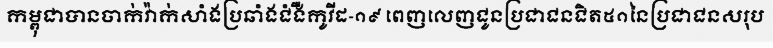
កម្ពុជាបានចាក់វ៉ាក់សាំងប្រឆាំងជំងឺកូវីដ-១៩ ពេញលេញជូនប្រជាជនជិត៥១នៃប្រជាជនសរុប